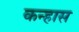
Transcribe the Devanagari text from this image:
कन्हास